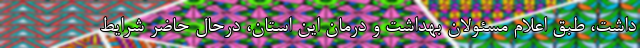
داشت، طبق اعلام مسئولان بهداشت و درمان این استان، درحال حاضر شرایط